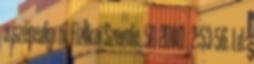
a szépségről. Fizikai Szemle. 50 2000 . 2:53-56. Ld.